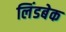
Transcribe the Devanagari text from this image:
लिंडबेक